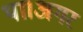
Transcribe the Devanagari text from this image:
था।अगर